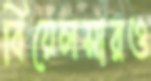
বিয়েলসারও